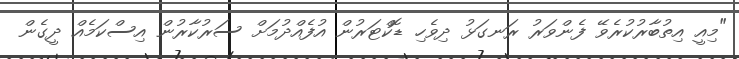
"މިއީ އިތުބާރުކުރެވޭ ފެންވަރު ރަނގަޅު ދިވެހި ޑޮކްޓަރުން އުފެއްދުމަށް ސަރުކާރުން އިސްކަމެއް ދީގެން